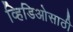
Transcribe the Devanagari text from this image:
व्हिडिओसाठी